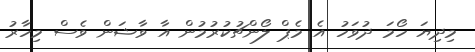
މިދިޔަ ހޯމަ ދުވަހު އެ މެޕް ލޯންޗުކުރުމުން އާ ވާޝަން ވެސް މިހާރު